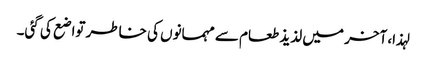
لہذا، آخر میں لذیذ طعام سے مہمانوں کی خاطر تواضع کی گئی۔